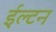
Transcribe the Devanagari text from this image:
ईल्टन